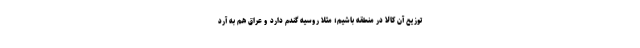
توزیع آن کالا در منطقه باشیم؛ مثلا روسیه گندم دارد و عراق هم به آرد